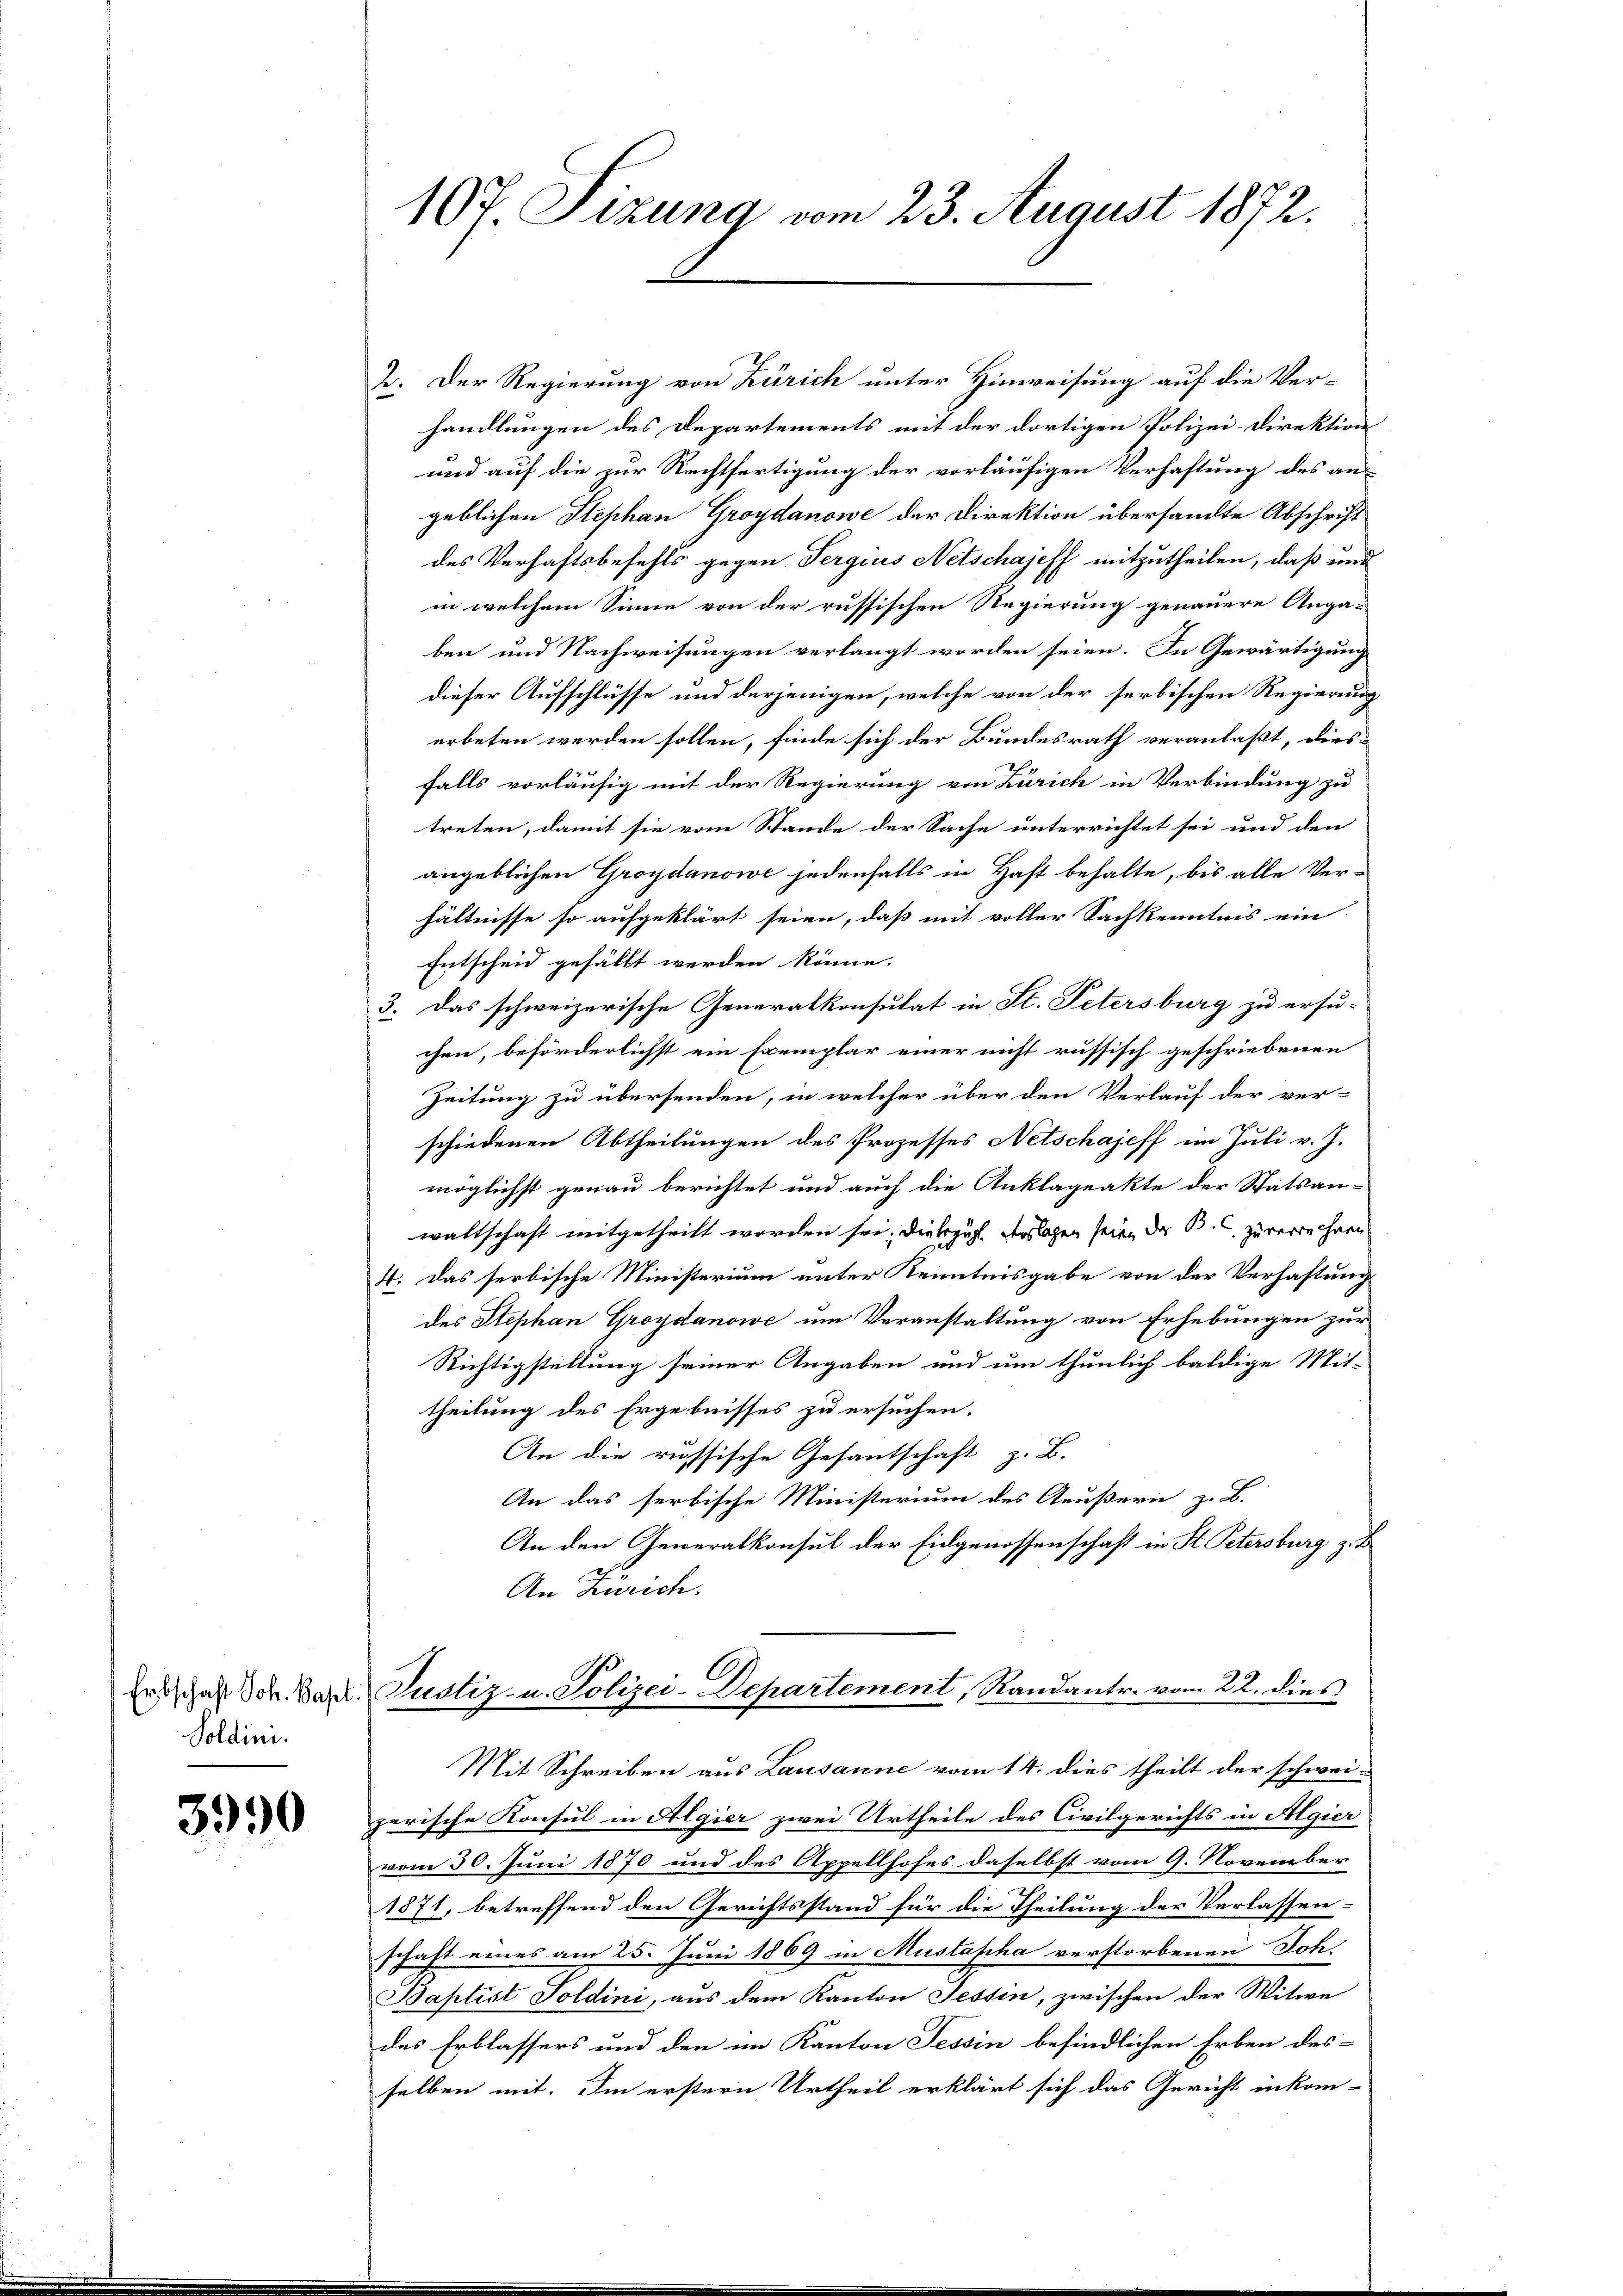
Soldini.

3990

107. Sizung vom 23. August 1872.

2. Der Regierung von Zürich unter Hinweisung auf die Ver-
handlungen des Departements mit der dortigen Polizei-Direktion
und auf die zur Rechtfertigung der vorläufigen Verhaftung des an-
geblichen Stephan Groydanowe der Direktion übersandte Abschrift
des Verhaftsbefehls gegen Sergius Netschajeff mitzutheilen, daß und
in welchem Sinne von der russischen Regierung genauere Anga-
ben und Nachweisungen verlangt worden seien. In Gewärtigung
dieser Aufschlüsse und derjenigen, welche von der serbischen Regierung
erbeten werden sollen, finde sich der Bundesrath veranlaßt, dersfalls vorläufig mit der Regierung von Zürich in Verbindung zu
treten, damit sie vom Stande der Sache unterrichtet sei und den
angeblichen Groydanowe jedenfalls in Haft behalte, bis alle Ver-
hältnisse so aufgeklärt seien, daß mit voller Sachkenntnis ein
Entscheid gefällt werden könne.
3. Das schweizerische Generalkonsulat in St. Petersburg zu ersu-
chen, beförderlichst ein Exemplar einer nicht russisch geschriebenen
Zeitung zu übersenden, in welcher über den Verlauf der ver-
schiedenen Abtheilungen des Prozesses Netschajeff im Juli v. J.
möglichst genau berichtet und auch die Anklageakte der Statsan-
waltschaft mitgetheilt worden sei. Die bezügl. Auslagen seien der B. C. zu verrechnen
4. Das serbische Ministerium unter Kenntnisgabe von der Verhaftung
des Stephan Groydanowe um Veranstaltung von Erhebungen zur
Richtigstellung seiner Angaben und um thunlich baldige Mit-
theilung des Ergebnisses zu ersuchen.
An die russische Gesantschaft z. B.
An das serbische Ministerium des Aeußern z. B.
An den Generalkonsul der Eidgenossenschaft in St. Petersburg z. B
An Zürich.
Erst das Sch. Bar. Justiz- u. Polizei-Departement, Randantr. vom 22. dies
Mit Schreiben aus Lausanne vom 14. dies theilt der schwei-
zerische Konsul in Algier zwei Urtheile des Civilgerichts in Algier
vom 30. Juni 1870 und des Appellhofes daselbst vom 9. November
1871, betreffend den Gerichtsstand für die Theilung der Verlassen-
schaft eines am 25. Juni 1869 in Mustapha verstorbenen Joh.
Baptist Soldini, aus dem Kanton Tessin, zwischen der Witwe
des Erblassers und den im Kanton Tessin befindlichen Erben desselben mit. Im erstern Urtheil erklärt sich das Gericht inkom-